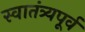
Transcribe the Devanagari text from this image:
स्वातंत्र्यपूूर्व